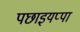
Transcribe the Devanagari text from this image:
पछाइयप्पा